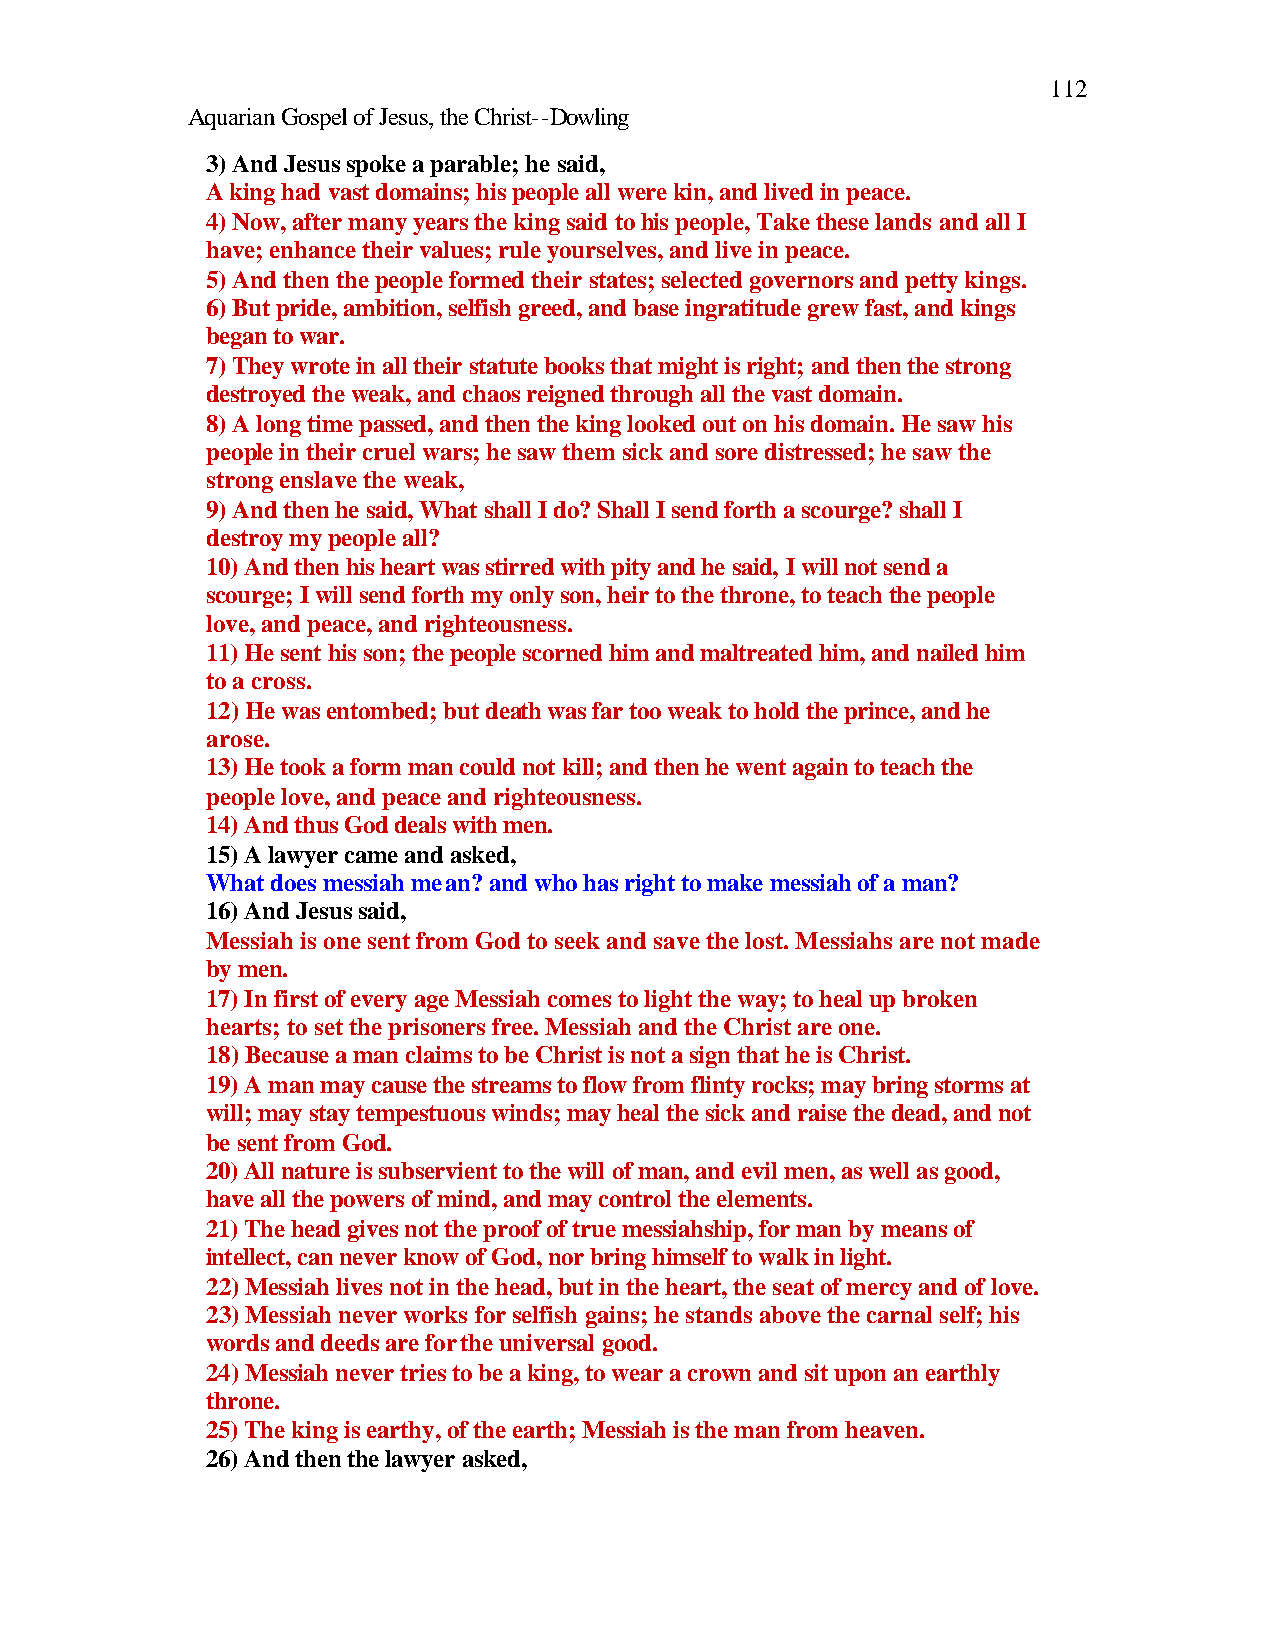
112
 Aquarian Gospel of Jesus, the Christ--Dowling
 3) And Jesus spoke a parable; he said,
 A king had vast domains; his people all were kin, and lived in peace.
 4) Now, after many years the king said to his people, Take these lands and all I
 have; enhance their values; rule yourselves, and live in peace.
 5) And then the people formed their states; selected governors and petty kings.
 6) But pride, ambition, selfish greed, and base ingratitude grew fast, and kings
 began to war.
 7) They wrote in all their statute books that might is right; and then the strong
 destroyed the weak, and chaos reigned through all the vast domain.
 8) A long time passed, and then the king looked out on his domain. He saw his
 people in their cruel wars; he saw them sick and sore distressed; he saw the
 strong enslave the weak,
 9) And then he said, What shall I do? Shall I send forth a scourge? shall I
 destroy my people all?
 10) And then his heart was stirred with pity and he said, I will not send a
 scourge; I will send forth my only son, heir to the throne, to teach the people
 love, and peace, and righteousness.
 11) He sent his son; the people scorned him and maltreated him, and nailed him
 to a cross.
 12) He was entombed; but death was far too weak to hold the prince, and he
 arose.
 13) He took a form man could not kill; and then he went again to teach the
 people love, and peace and righteousness.
 14) And thus God deals with men.
 15) A lawyer came and asked,
 What does messiah mean? and who has right to make messiah of a man?
 16) And Jesus said,
 Messiah is one sent from God to seek and save the lost. Messiahs are not made
 by men.
 17) In first of every age Messiah comes to light the way; to heal up broken
 hearts; to set the prisoners free. Messiah and the Christ are one.
 18) Because a man claims to be Christ is not a sign that he is Christ.
 19) A man may cause the streams to flow from flinty rocks; may bring storms at
 will; may stay tempestuous winds; may heal the sick and raise the dead, and not
 be sent from God.
 20) All nature is subservient to the will of man, and evil men, as well as good,
 have all the powers of mind, and may control the elements.
 21) The head gives not the proof of true messiahship, for man by means of
 intellect, can never know of God, nor bring himself to walk in light.
 22) Messiah lives not in the head, but in the heart, the seat of mercy and of love.
 23) Messiah never works for selfish gains; he stands above the carnal self; his
 words and deeds are for the universal good.
 24) Messiah never tries to be a king, to wear a crown and sit upon an earthly
 throne.
 25) The king is earthy, of the earth; Messiah is the man from heaven.
 26) And then the lawyer asked,